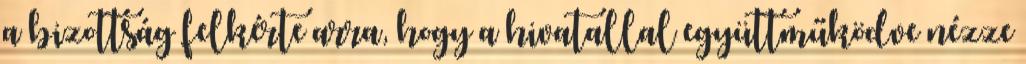
a bizottság felkérte arra, hogy a hivatallal együttműködve nézze